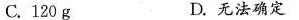
C.120g D.无法确定